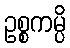
ဥစ္စကမ္ပိ